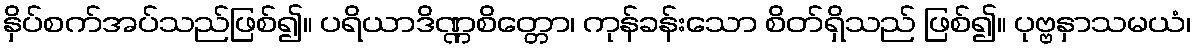
နှိပ်စက်အပ်သည်ဖြစ်၍။ ပရိယာဒိဏ္ဏစိတ္တော၊ ကုန်ခန်းသော စိတ်ရှိသည် ဖြစ်၍။ ပုဗ္ဗနှာသမယံ၊